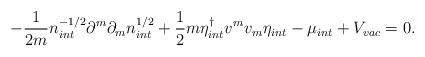
LaTeX: \begin{align*}-\frac{1}{2m}n_{int}^{-1/2}\partial ^{m}\partial _{m}n_{int}^{1/2}+\frac{1}{2}m\eta _{int}^{\dagger }v^{m}v_{m}\eta _{int}-\mu _{int}+V_{vac}=0.\end{align*}